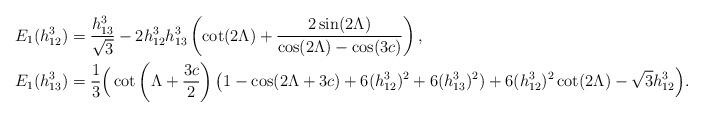
LaTeX: \begin{align*}E_1(h_{12}^3)&=\frac{h_{13}^3}{\sqrt{3}}-2 h_{12}^3 h_{13}^3 \left(\cot (2 \Lambda )+\frac{2 \sin (2 \Lambda )}{\cos (2 \Lambda )-\cos (3 c)}\right), \\E_1(h_{13}^3)&=\frac{1}{3} \Big(\cot \left(\Lambda +\frac{3 c}{2}\right)\big( 1-\cos (2 \Lambda +3 c)+6 (h_{12}^3)^2 + 6 (h_{13}^3)^2 )+6 (h_{12}^3)^2 \cot (2 \Lambda )-\sqrt{3} h_{12}^3\Big).\end{align*}